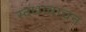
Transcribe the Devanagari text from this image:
स्वधावाचन